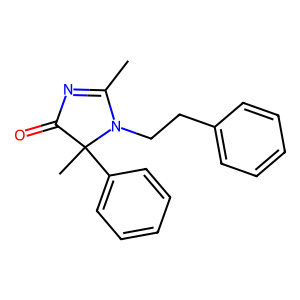
SMILES: CC1=NC(=O)C(C)(c2ccccc2)N1CCc1ccccc1
Inhibits HIV replication: No